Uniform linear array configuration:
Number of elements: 8
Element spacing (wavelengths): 0.5
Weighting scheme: blackman
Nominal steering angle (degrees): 30
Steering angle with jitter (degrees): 30.668
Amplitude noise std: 0.05
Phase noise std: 0.05

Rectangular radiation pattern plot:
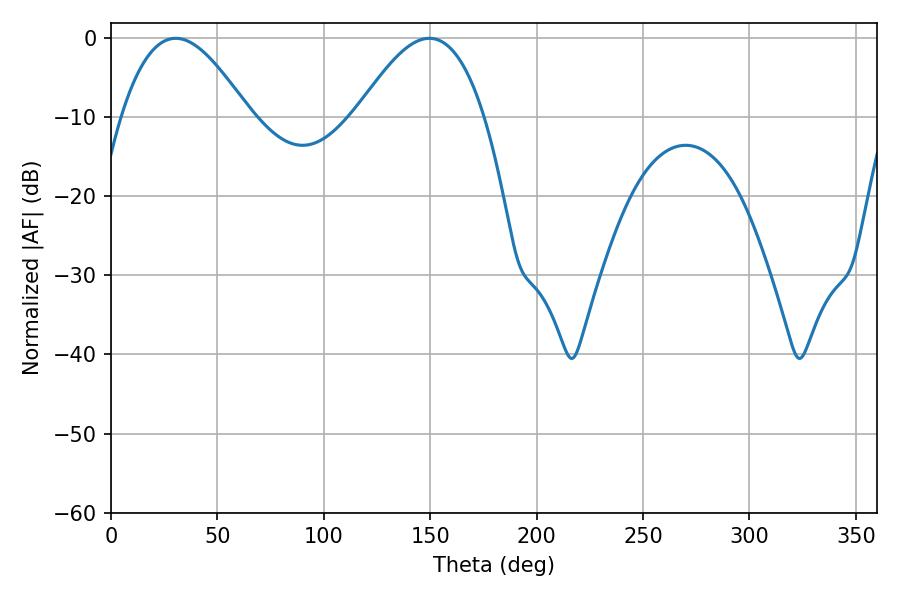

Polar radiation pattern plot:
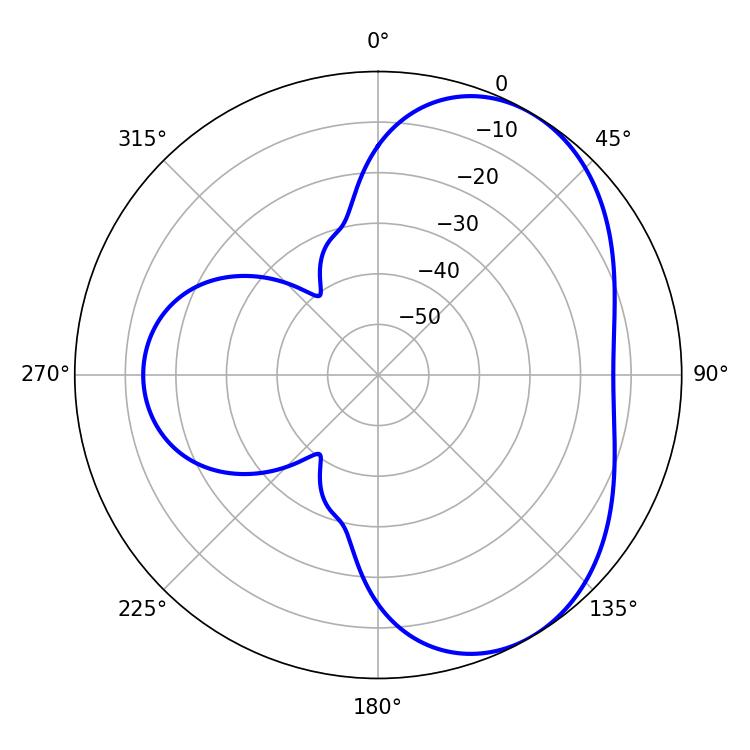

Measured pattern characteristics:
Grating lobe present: FALSE
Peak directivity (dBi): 4.792
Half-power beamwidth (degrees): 32.4
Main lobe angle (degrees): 30.42